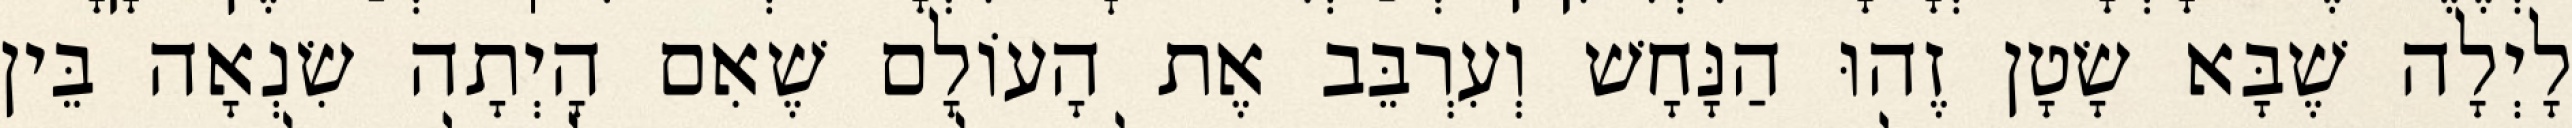
לָיְלָה שֶׁבָּא שָׂטָן זֶהוּ הַנָּחָשׁ וְעִרְבֵּב אֶת הָעוֹלָם שֶׁאִם הָיְתָה שִׂנְאָה בֵּין